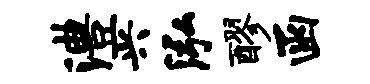
澧兴泓醪函